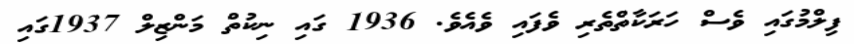
ފިލްމުގައި ވެސް ހަރަކާތްތެރި ވެފައި ވެއެވެ. 1936 ގައި ނިކުތް މަންޒިލް 1937ގައި